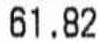
61.82